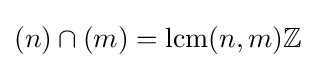
(n)\cap (m)=\operatorname {lcm} (n,m)\mathbb {Z}